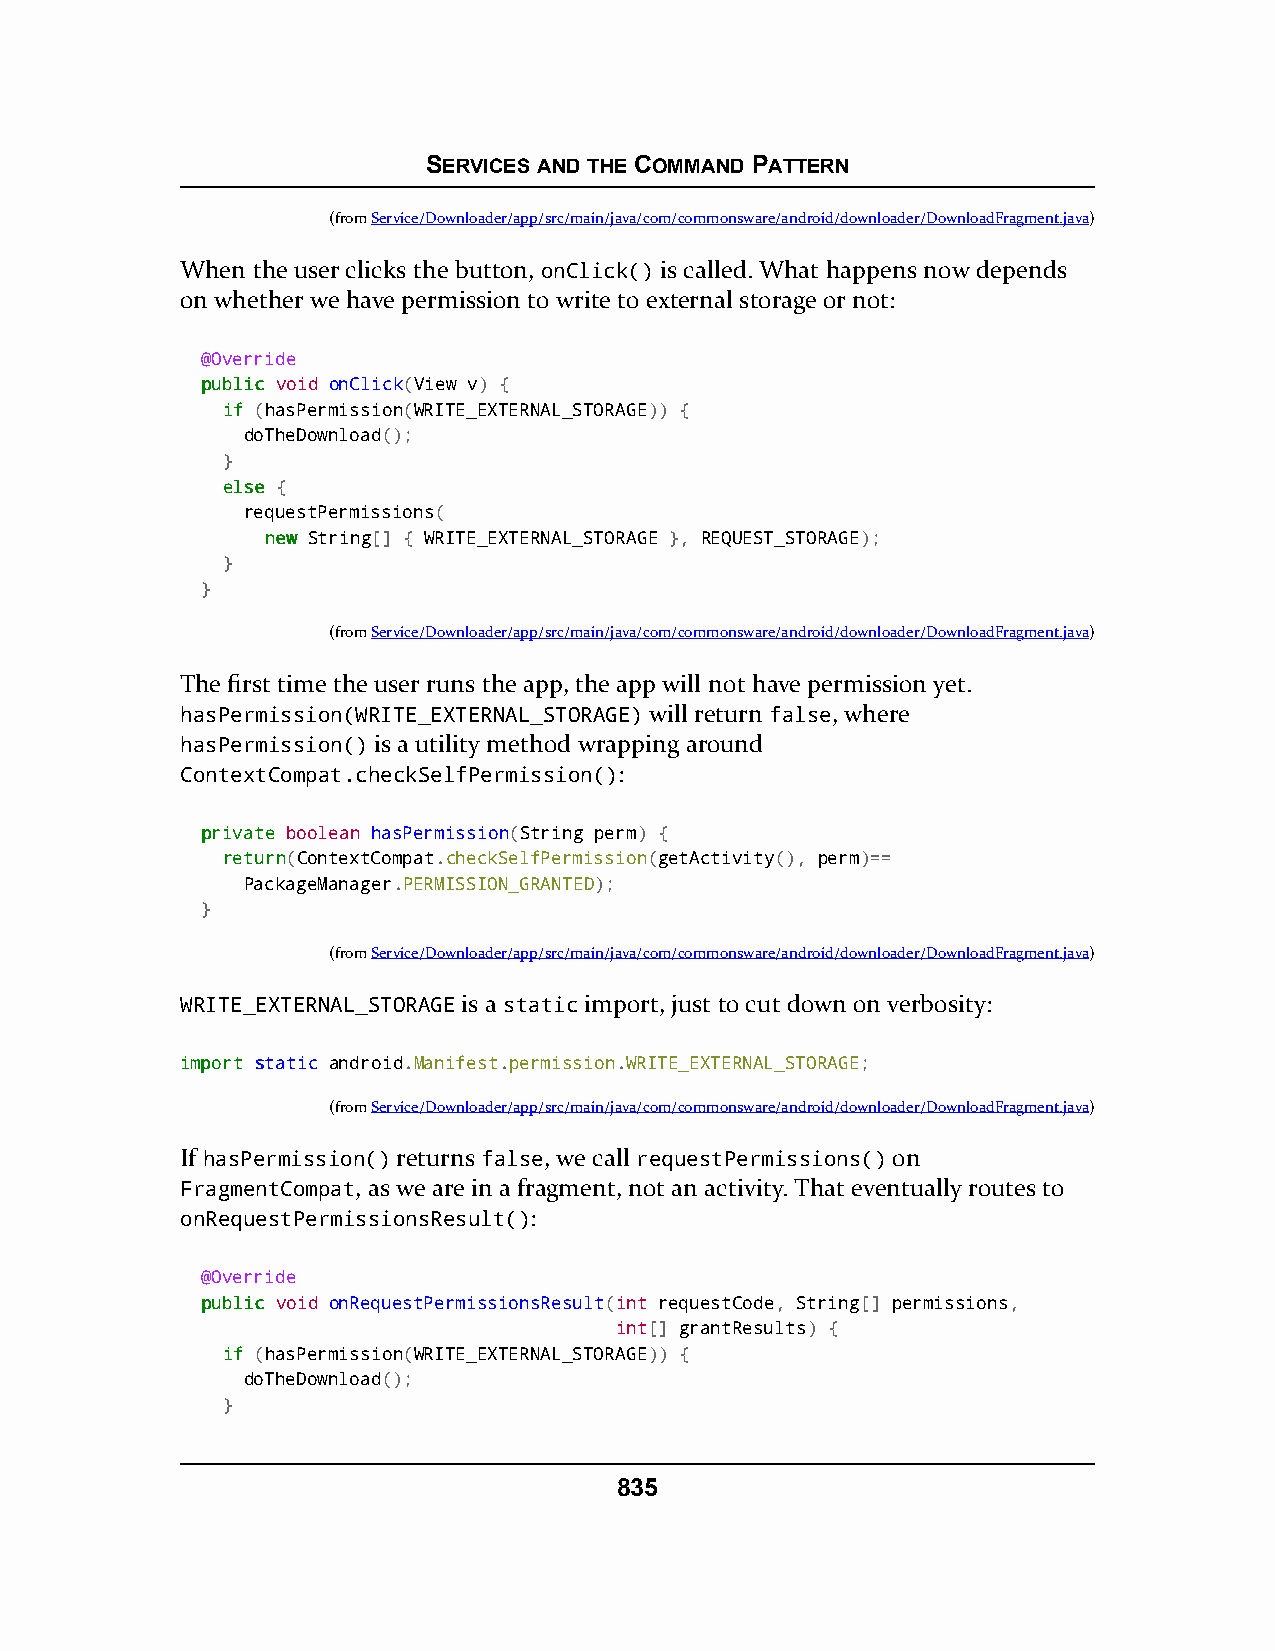
SERVICES AND THE COMMAND PATTERN
 (fromService/Downloader/app/src/main/java/com/commonsware/android/downloader/DownloadFragment.java)
 When the user clicks the button, onClick() is called. What happens now depends
 on whether we have permission to write to external storage or not:
 @Override
 ppuubblliicc void onClick(View v) {
 iiff (hasPermission(WRITE_EXTERNAL_STORAGE)) {
 doTheDownload();
 }
 eellssee {
 requestPermissions(
 nneeww String[] { WRITE_EXTERNAL_STORAGE }, REQUEST_STORAGE);
 }
 }
 (fromService/Downloader/app/src/main/java/com/commonsware/android/downloader/DownloadFragment.java)
 The first time the user runs the app, the app will not have permission yet.
 hasPermission(WRITE_EXTERNAL_STORAGE) will return false, where
 hasPermission() is a utility method wrapping around
 ContextCompat.checkSelfPermission():
 pprriivvaattee boolean hasPermission(String perm) {
 rreettuurrnn(ContextCompat.checkSelfPermission(getActivity(), perm)==
 PackageManager.PERMISSION_GRANTED);
 }
 (fromService/Downloader/app/src/main/java/com/commonsware/android/downloader/DownloadFragment.java)
 WRITE_EXTERNAL_STORAGE is a static import, just to cut down on verbosity:
 iimmppoorrtt ssttaattiicc android.Manifest.permission.WRITE_EXTERNAL_STORAGE;
 (fromService/Downloader/app/src/main/java/com/commonsware/android/downloader/DownloadFragment.java)
 If hasPermission() returns false, we call requestPermissions() on
 FragmentCompat, as we are in a fragment, not an activity. That eventually routes to
 onRequestPermissionsResult():
 @Override
 ppuubblliicc void onRequestPermissionsResult(int requestCode, String[] permissions,
 int[] grantResults) {
 iiff (hasPermission(WRITE_EXTERNAL_STORAGE)) {
 doTheDownload();
 }
 835